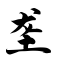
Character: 垄